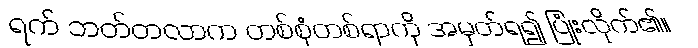
ရက် ဘတ်တလာက တစ်စုံတစ်ရာကို အမှတ်ရ၍ ပြုံးလိုက်၏။